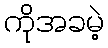
ကိုအခမဲ့